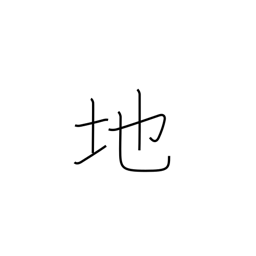
Meaning: ground